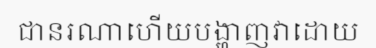
ជានរណាហើយបង្ហាញវាដោយ